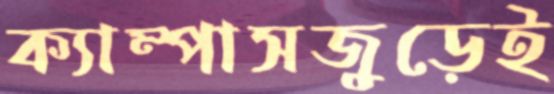
ক্যাম্পাসজুড়েই